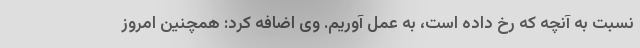
نسبت به آنچه که رخ داده است، به عمل آوریم. وی اضافه کرد: همچنین امروز